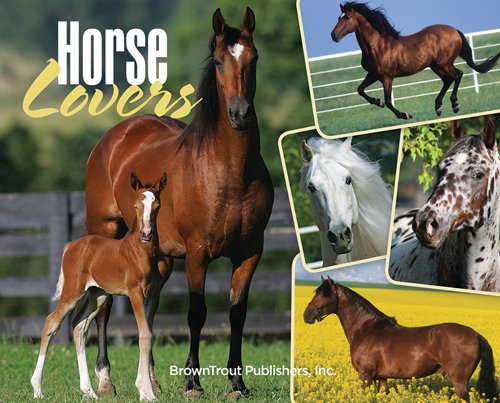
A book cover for Horse Lovers 2016 Box; Browntrout Publishers; Calendars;